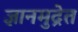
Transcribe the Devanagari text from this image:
ज्ञानमुद्रेत